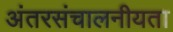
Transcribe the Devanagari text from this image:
अंतरसंचालनीयता